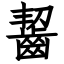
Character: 齧